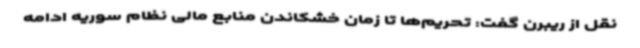
نقل از ریبرن گفت: تحریم‌ها تا زمان خشکاندن منابع مالی نظام سوریه ادامه